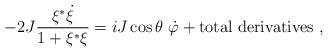
LaTeX: \begin{align*}-2J{\xi^*\dot\xi\over1+\xi^*\xi}=iJ\cos\theta\ \dot\varphi+{\rm total\ derivatives}\ ,\end{align*}